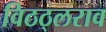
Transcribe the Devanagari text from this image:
विठठ्लराव